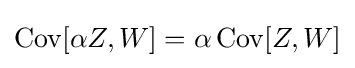
\operatorname {Cov} [\alpha Z,W]=\alpha \operatorname {Cov} [Z,W]